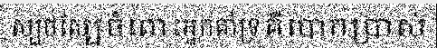
ស្បថស្បែចំពោះអ្នកគាំទ្រគឺបោកប្រាស់